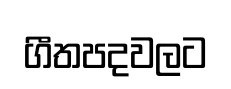
ගීතපදවලට